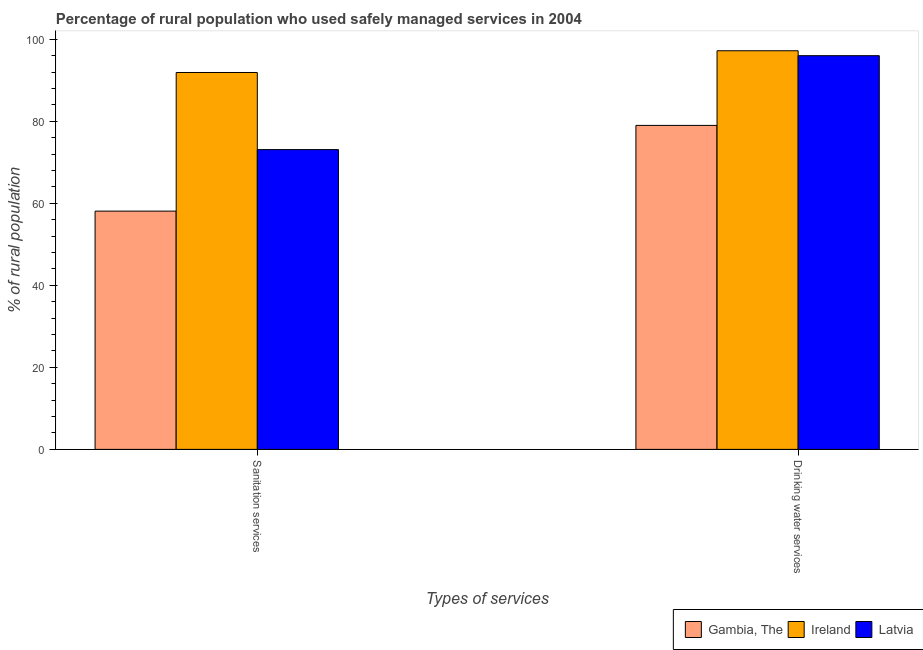
| Types of services | Gambia, The | Ireland | Latvia |
 | --- | --- | --- | --- |
 | Sanitation services | 58.1 | 91.9 | 73.1 |
 | Drinking water services | 79 | 97.2 | 96 |